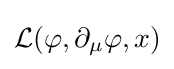
{\mathcal {L}}(\varphi ,\partial _{\mu }\varphi ,x)